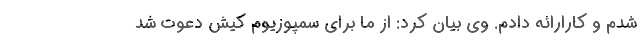
شدم و کارارائه دادم. وی بیان کرد: از ما برای سمپوزیوم کیش دعوت شد